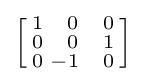
\left[{\begin{smallmatrix}1&{\phantom {+}}0&{\phantom {+}}0\\0&{\phantom {+}}0&{\phantom {+}}1\\0&-1&{\phantom {+}}0\\\end{smallmatrix}}\right]